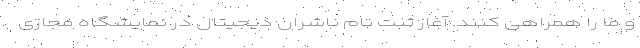
و ما را همراهی کنند. آغاز ثبت نام ناشران دیجیتال در نمایشگاه مجازی